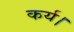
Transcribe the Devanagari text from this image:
कर्य।